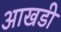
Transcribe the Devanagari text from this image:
आखडी